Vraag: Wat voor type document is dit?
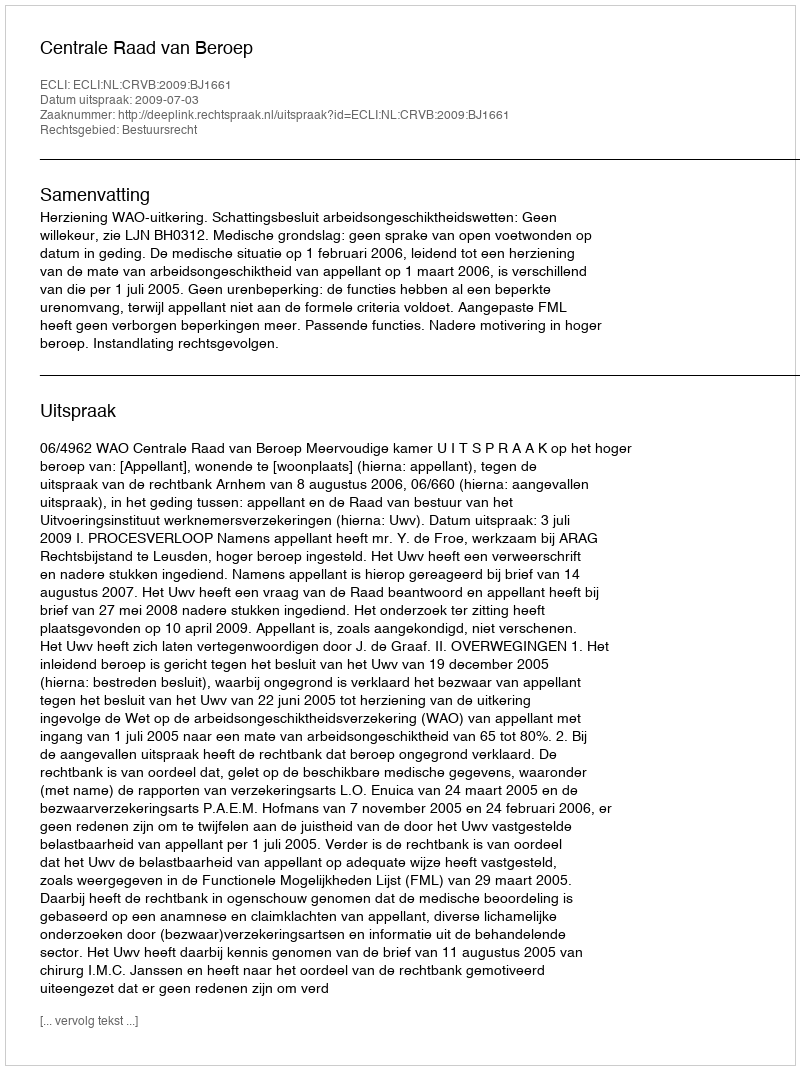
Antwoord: Uitspraak